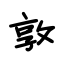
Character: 敦